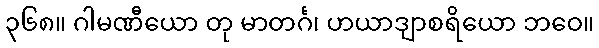
၃၆၈။ ဂါမဏီယော တု မာတင်္ဂ၊ ဟယာဒျာစရိယော ဘဝေ။